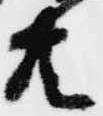
共